Leningradi_Edasi_toimetus, lk 7
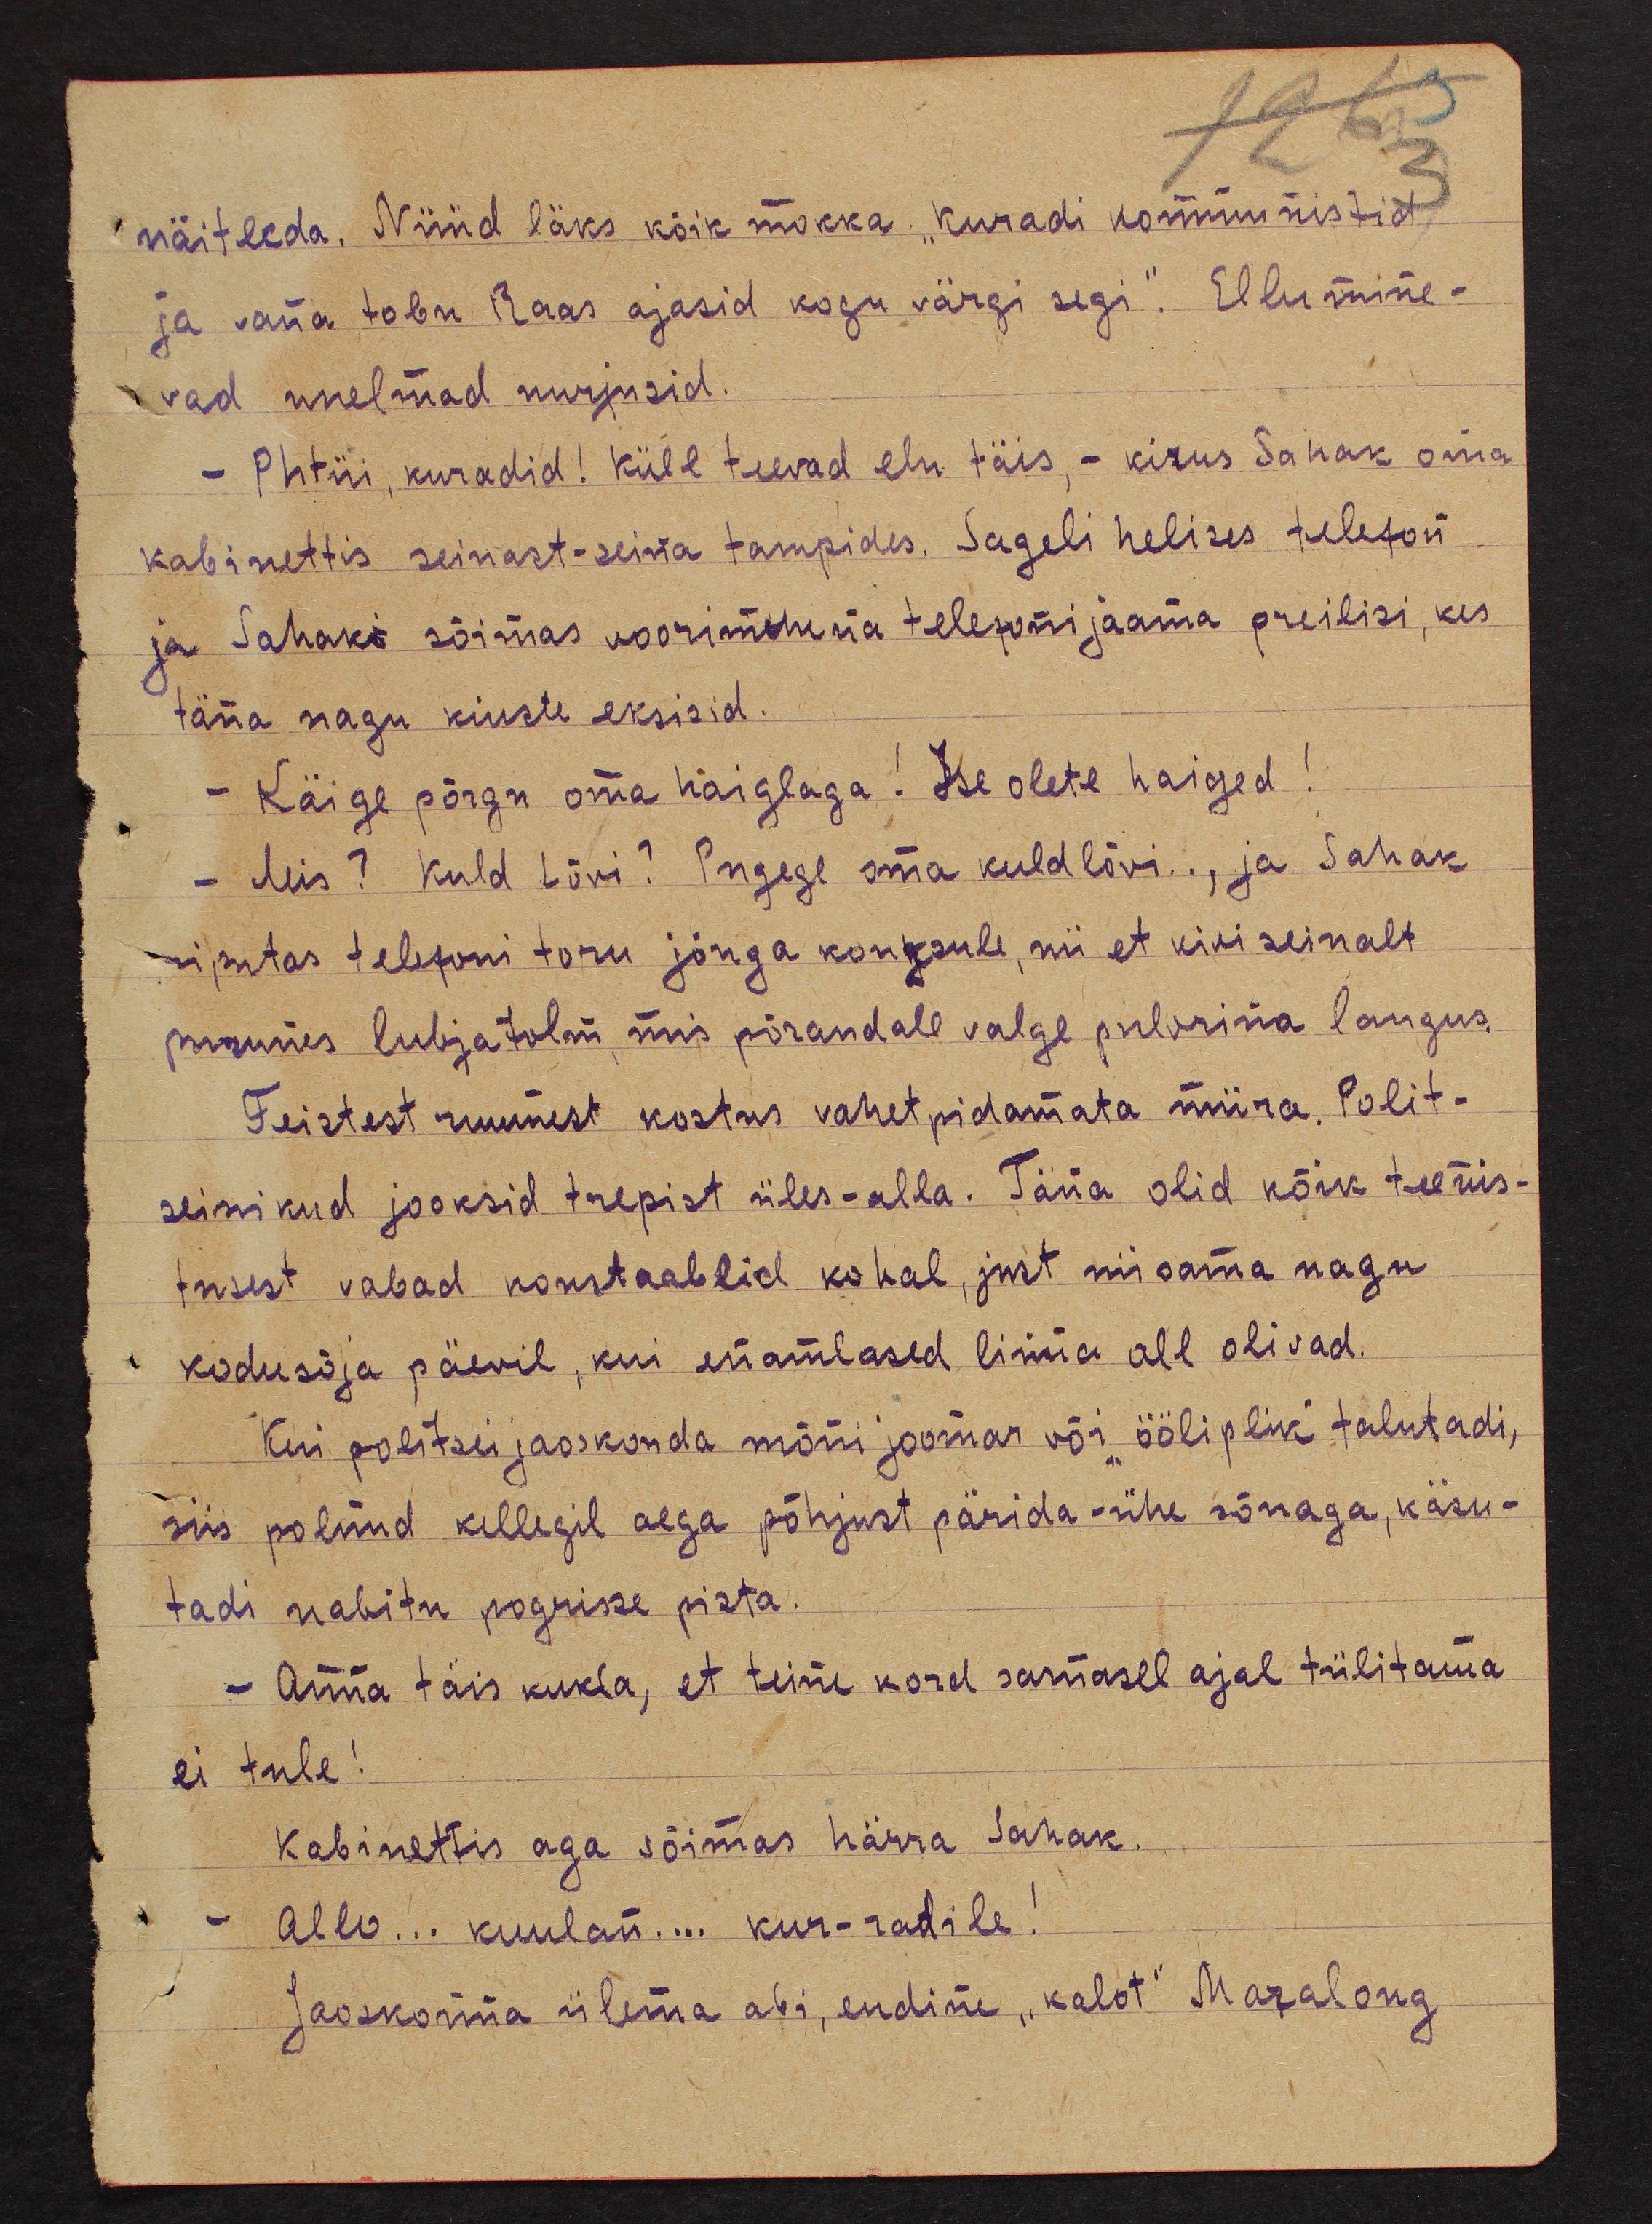
3
näitleda. Nüüd läks kõik mokka "Kuradi kommunistid
ja vana tobu Raas ajasid kogu värgi segi". Ellumine-
vad unelmad nurjusid.
- Phtüi, kuradid! küll teevad elu täis, - kirus Sahak oma
kabinettis seinast-seina tampides. Sageli helises telefon
ja Sahaks sõimas voorimehena telefonijaama preilisi, kes
täna nagu kiuste eksisid
- Käige põrgu oma haiglaga! Ise olete haiged!
- Mis? Kuld Lõvi? Pange oma kuldlõvi... ja Sahak
riputas telefoni toru jõuga konksule, nii et kivi seinalt
purunes lubja tolm, mis põrandale valge pulbrina langus.
Teistest ruumest kostus vahetpidamata müra. Polit-
seinikud jooksid trepist üles-alla. Täna olid kõik teenis-
tusest vabad konstaablid kohal, just niisama nagu
kodusõja päevil, kui enamlased linna all olivad.
Kui politsei jaoskonda mõni joomar või "ööliplik" talutadi,
siis polnud kellegil aega põhjust pärida - ühe sõnaga, käsu-
tadi nabitu pogrisse pista.
- Anna täis kukla, et teine kord sarnasel ajal tülitama
ei tule!
Kabinettis aga sõimas härra Sahak.
Allo... kuulan... kur-radile!
Jaoskonna ülema abi, endine "kalot" Maralong